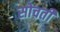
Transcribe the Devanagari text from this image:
सोचतीं